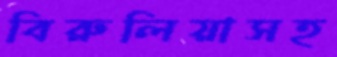
বিরুলিয়াসহ